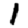
Digit: 1